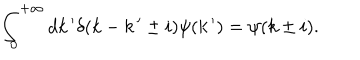
LaTeX: \int _ { 0 } ^ { + \infty } d k \, ^ { \prime } \delta ( k - k \, ^ { \prime } \pm i ) \psi ( k \, ^ { \prime } ) = \psi ( k \pm i ) .